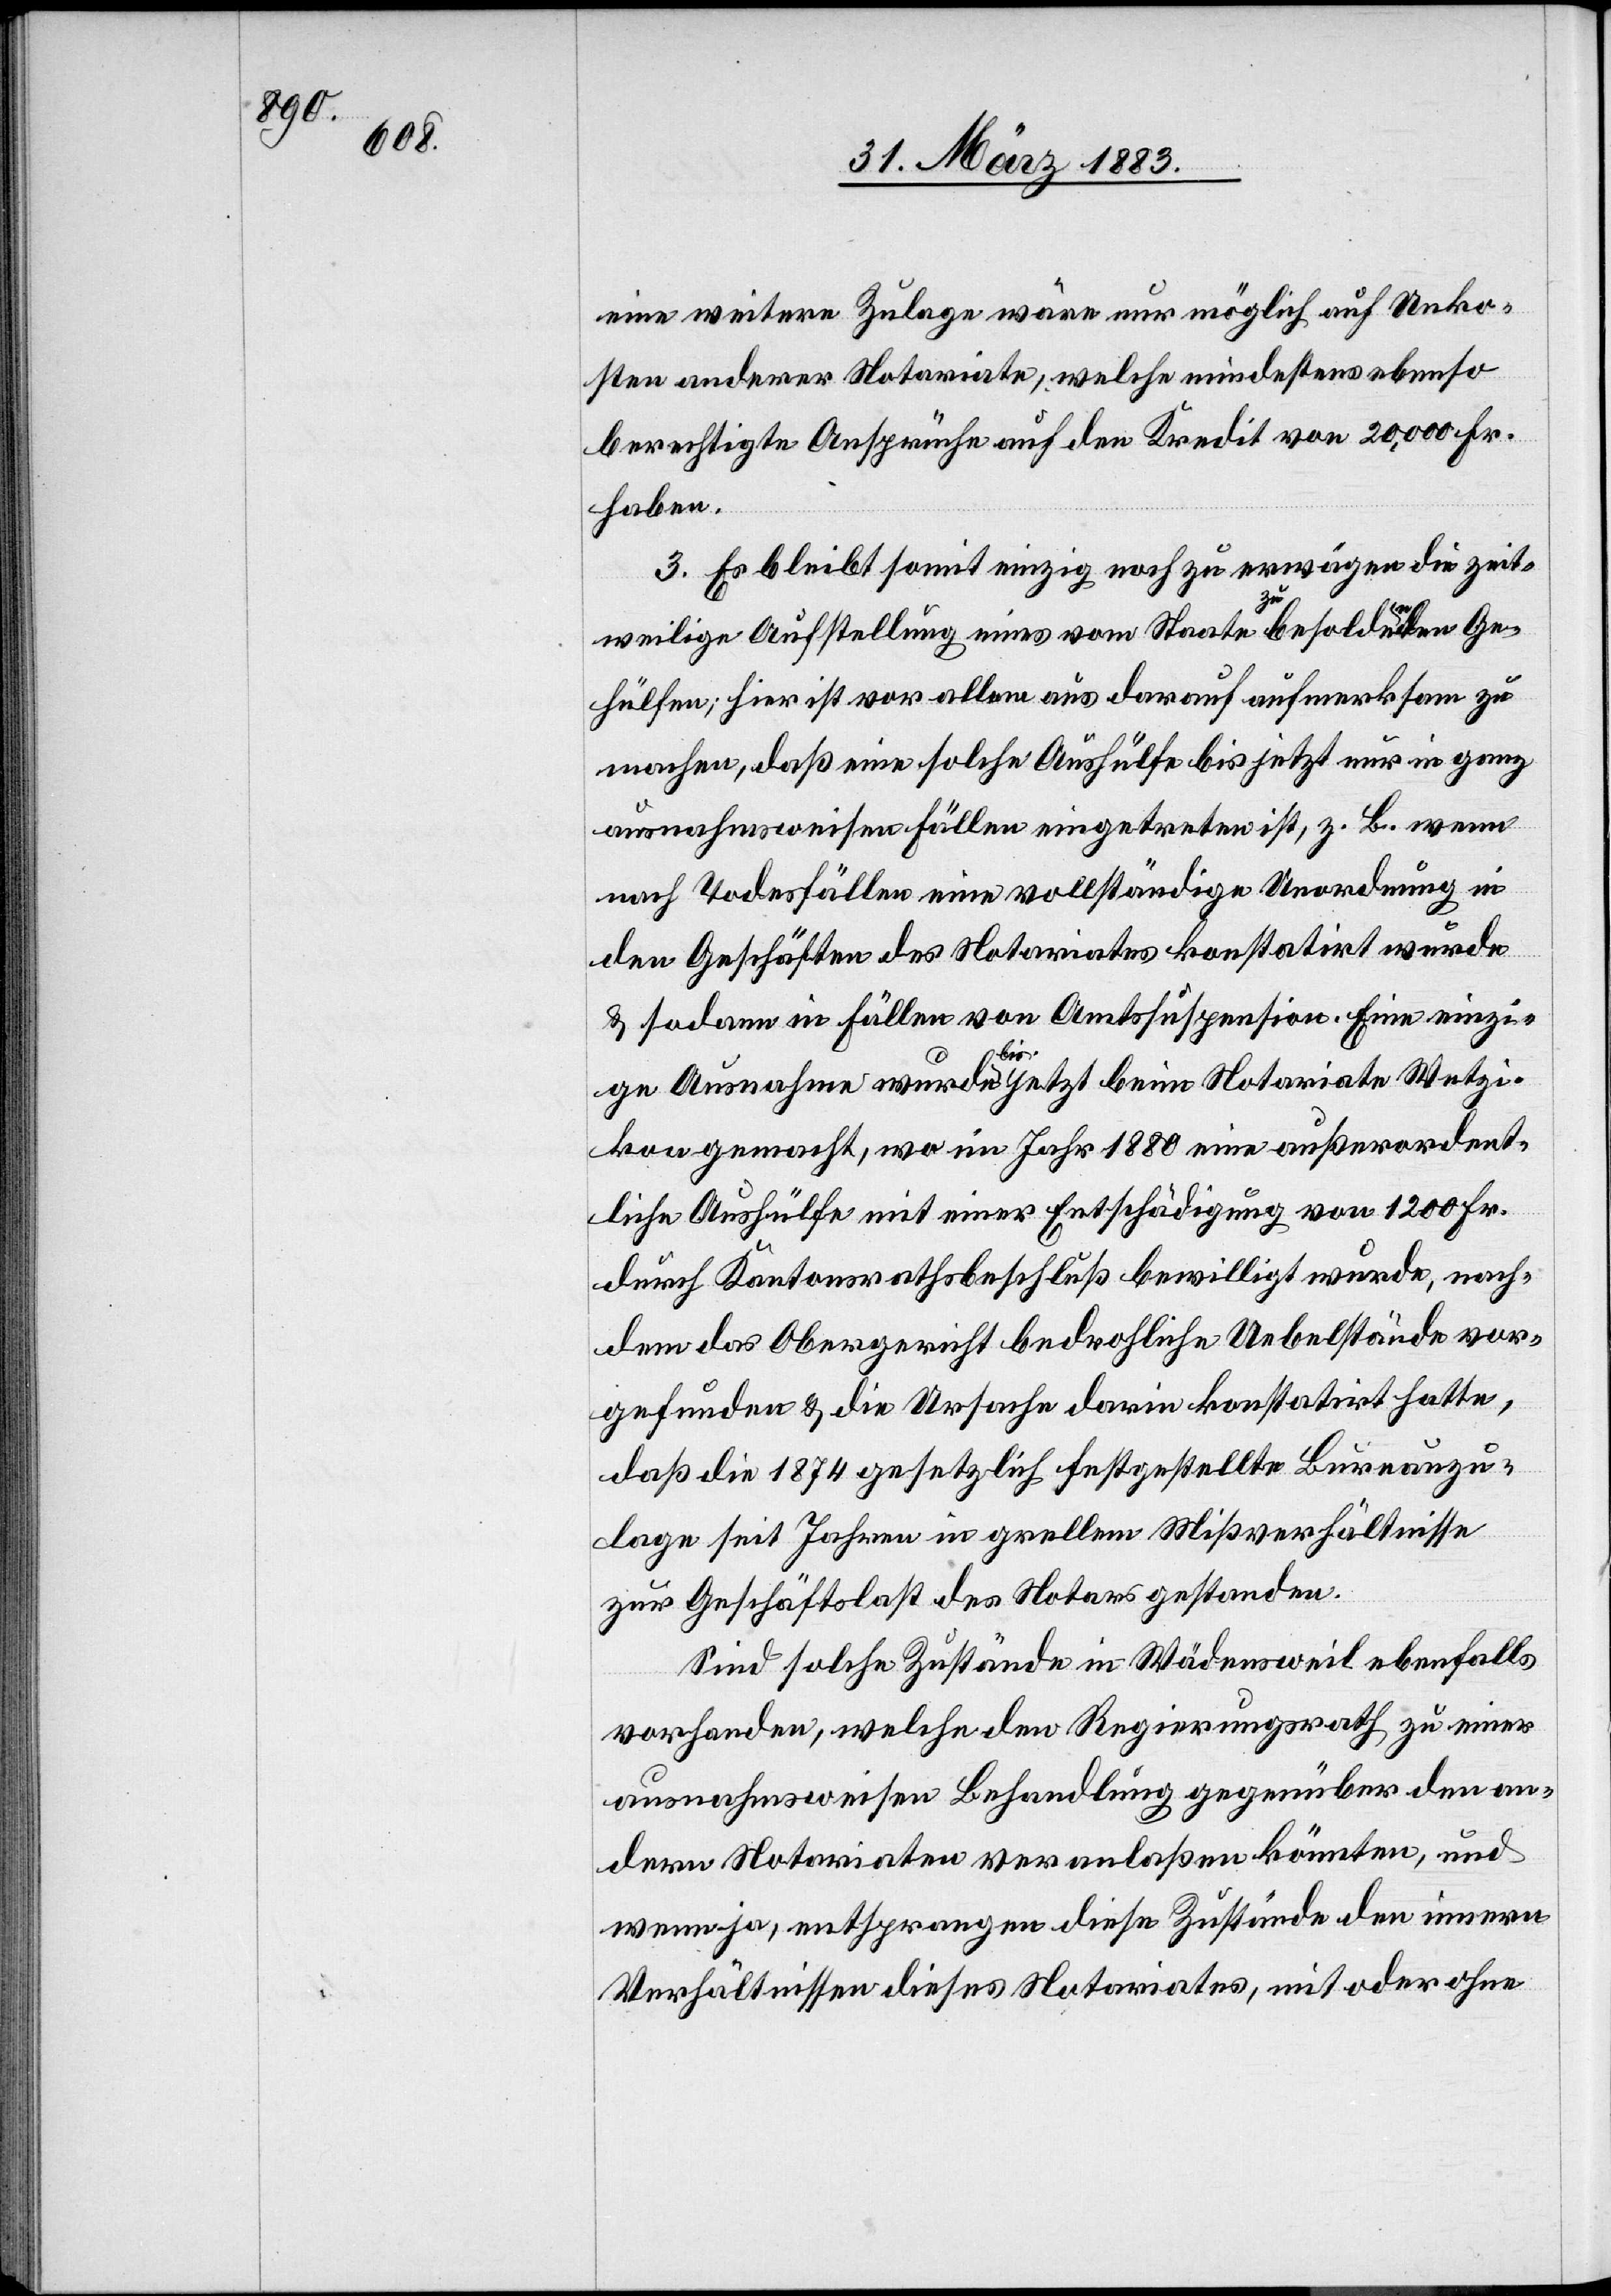
eine weitere Zulage wäre nur möglich auf Unko¬
sten anderer Notariate, welche mindestens ebenso
berechtigte Ansprüche auf den Kredit von 20,000 Fr.
haben.
3. Es bleibt somit einzig noch zu erwägen die zeit¬
weilige Anstellung eines vom Staate zu besoldenden Ge¬
hülfen; hier ist vor allem aus darauf aufmerksam zu
machen, daß eine solche Aushülfe bis jetzt nur in ganz
ausnahmsweisen Fällen eingetreten ist; z. B. wenn
nach Todesfällen eine vollständige Unordnung in
den Geschäften des Notariates konstatirt wurde
& sodann in Fällen von Amtssuspension. Eine einzi¬
ge Ausnahme wurde bis jetzt beim Notariate Wetzi¬
kon gemacht, wo im Jahr 1880 eine außerordent¬
liche Aushülfe mit einer Entschädigung von 1200 Fr.
durch Kantonsrathsbeschluß bewilligt wurde, nach¬
dem das Obergericht bedrohliche Uebelstände vor¬
gefunden & die Ursache darin konstatirt hatte,
daß die 1874 gesetzlich festgestellte Bureauzu¬
lage seit Jahren in grellem Mißverhältnisse
zur Geschäftslast des Notars gestanden.
Sind solche Zustände in Wädensweil ebenfalls
vorhanden, welche den Regierungsrath zu einer
ausnahmsweisen Behandlung gegenüber den an¬
dern Notariaten veranlaßen könnten, und
wenn ja, entsprangen diese Zustände den innern
Verhältnissen dieses Notariates, mit oder ohne